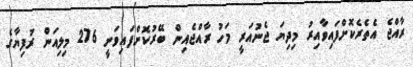
ރާއްޖެ އެތެރެކޮށްފައިވާއިރު މިދިޔަ ޖެނުއަރީ މަހު ރާއްޖެއިން ބޭރުކޮށްފައިވަނީ 276 މިލިއަން ރުފިޔާގެ